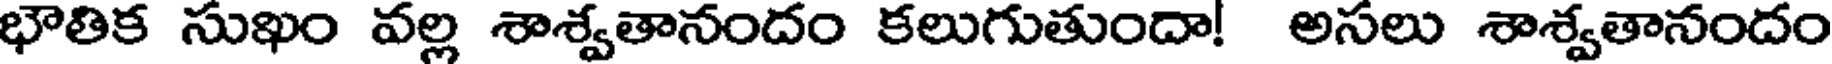
భౌతిక సుఖం వల్ల శాశ్వతానందం కలుగుతుందా! అసలు శాశ్వతానందం